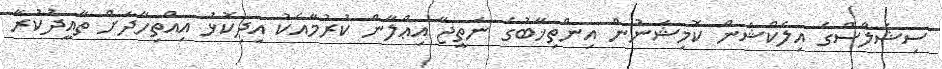
ސިޝެލްސްގެ އިލެކްޝަން ކޮމިޝަނުން އިންތިޚާބުގެ ނަތީޖާ އިޢްލާން ކުރުމާއެކު އިދިކޮޅު އިއްތިހާދަށް ތާއީދުކުރާ